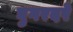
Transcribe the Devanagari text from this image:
घुगरदरे